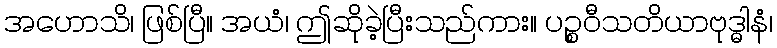
အဟောသိ၊ ဖြစ်ပြီ။ အယံ၊ ဤဆိုခဲ့ပြီးသည်ကား။ ပဉ္စဝီသတိယာဗုဒ္ဓါနံ၊